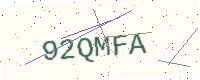
Text: 92QMFA